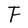
Character: F